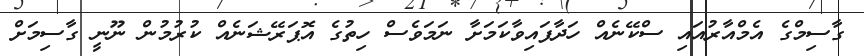
ގާސިމްގެ އެމްއާރުއައި ސްކޭނެއް ހަދާފައިވާކަމަށާ ނަމަވެސް ހިތުގެ އޮޕަރޭޝަނެއް ކުރުމުން ނޫނީ ގާސިމަށް